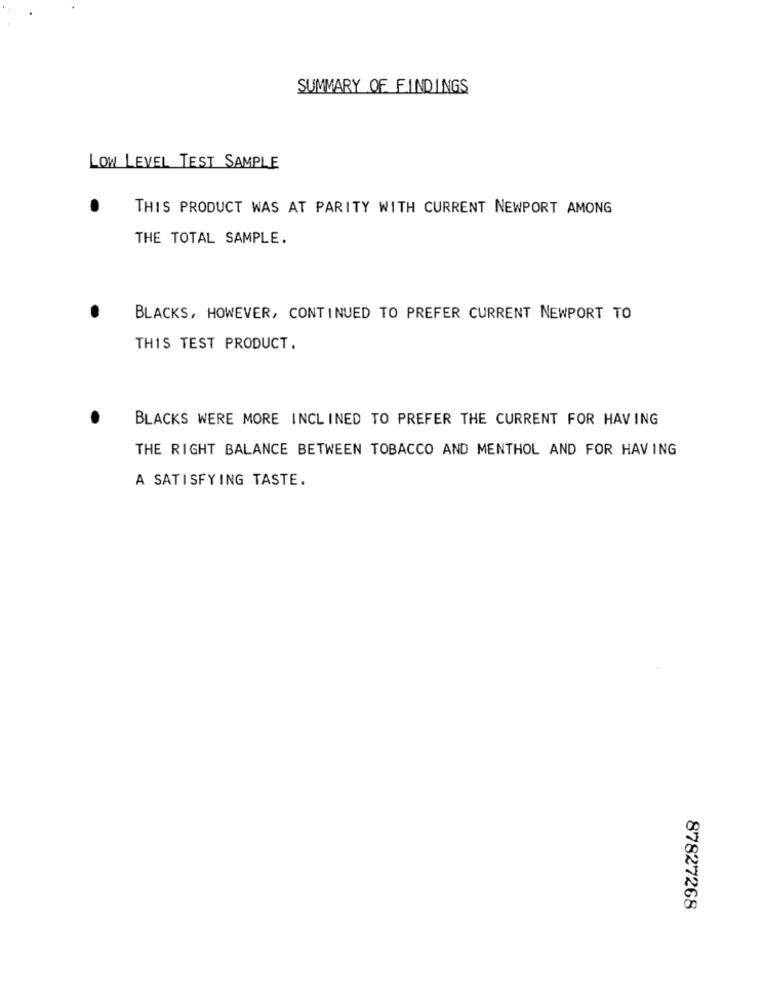
SUMMARY OF FINDINGS
LOW LEVEL TEST SAMPLE
.
THIS PRODUCT WAS AT PARITY WITH CURRENT NEWPORT AMONG
THE TOTAL SAMPLE.
BLACKS, HOWEVER, CONTINUED TO PREFER CURRENT NEWPORT TO
THIS TEST PRODUCT.
BLACKS WERE MORE INCLINED TO PREFER THE CURRENT FOR HAVING
THE RIGHT BALANCE BETWEEN TOBACCO AND MENTHOL AND FOR HAVING
A SATISFYING TASTE.
87827268